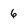
Character: 6